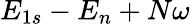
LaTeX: {E}_{1s}-{E}_{n}+N\omega